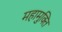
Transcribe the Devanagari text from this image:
महामुक्ति